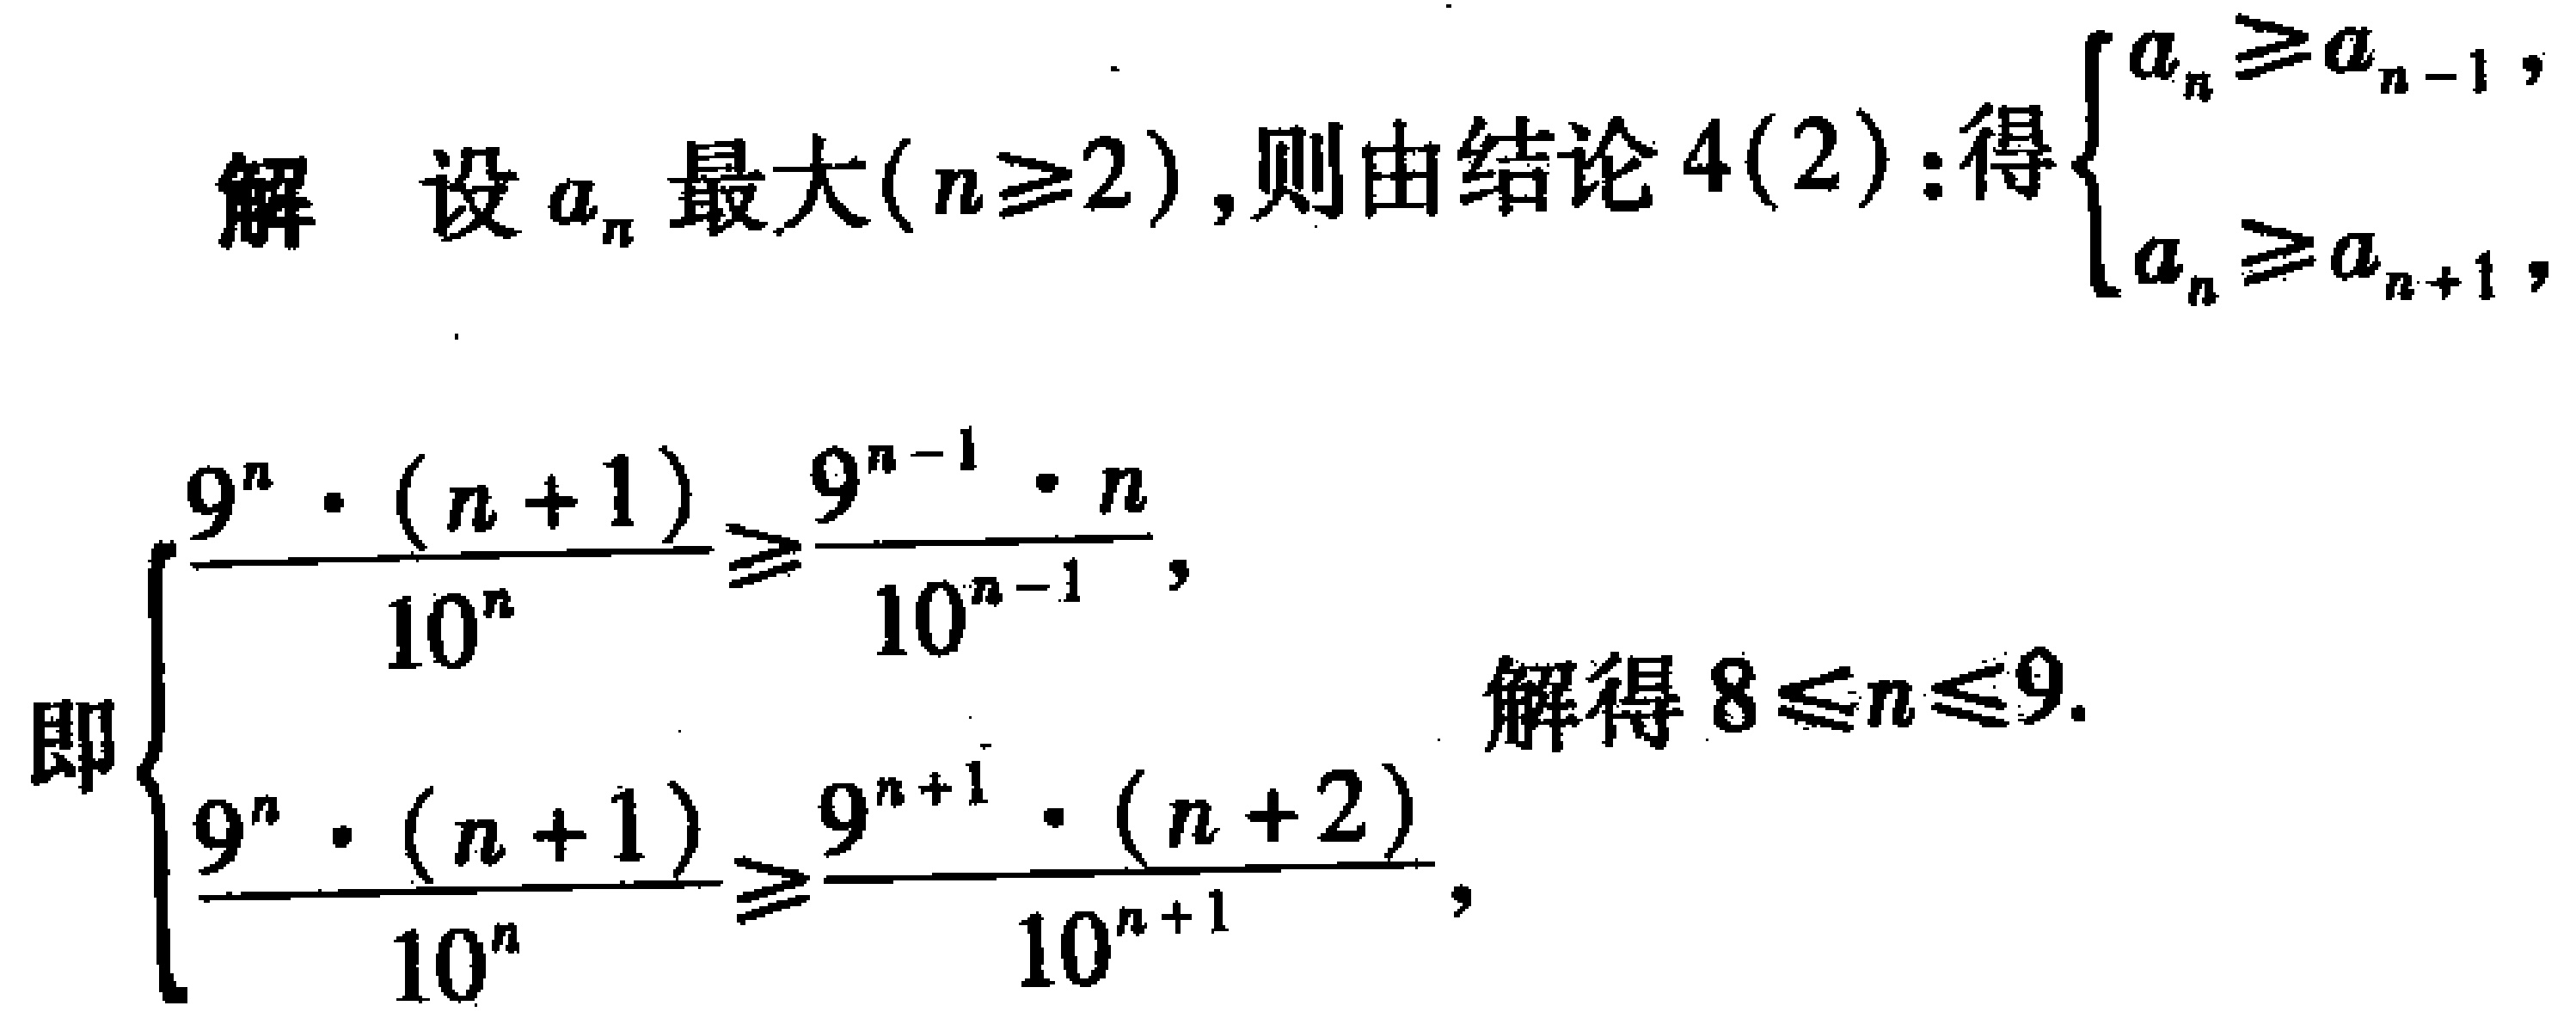
解 设 \(a_{n}\) 最大\((n\geq2)\)，则由结论 \(4(2)\)：得\(\begin{cases}a_{n}\geq a_{n - 1},\\a_{n}\geq a_{n + 1},\end{cases}\)
即\(\begin{cases}\frac{9^{n}\cdot(n + 1)}{10^{n}}\geq\frac{9^{n - 1}\cdot n}{10^{n - 1}},\\\frac{9^{n}\cdot(n + 1)}{10^{n}}\geq\frac{9^{n + 1}\cdot(n + 2)}{10^{n + 1}},\end{cases}\) 解得 \(8\leq n\leq9\).